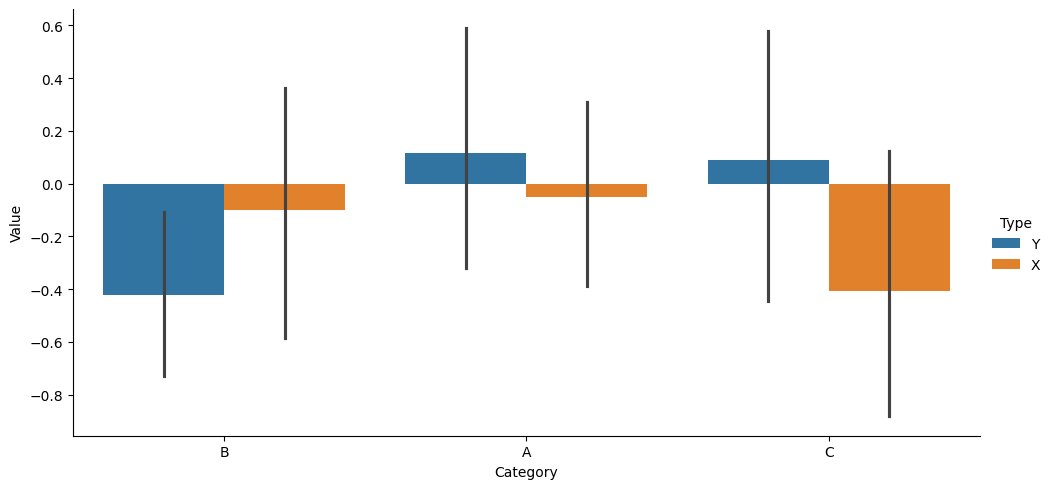
python, seaborn, catplot, kind='bar', height=5, aspect=2